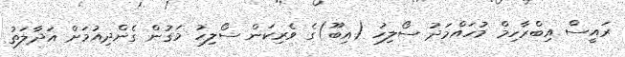
ރައީސް އިބްރާހިމް މުހައްމަދު ސޯލިހު (އިބޫ)ގެ ވެރިކަން ސޯލިހު މަގުން ގެންދިއުމަށް އަދާލަތު